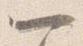
一